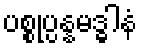
ပစ္စုပ္ပန္နမဒ္ဓါနံ